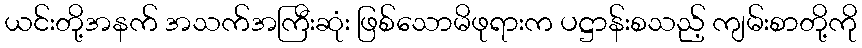
ယင်းတို့အနက် အသက်အကြီးဆုံး ဖြစ်သောမိဖုရားက ပဋ္ဌာန်းစသည့် ကျမ်းစာတို့ကို